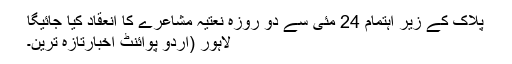
پلاک کے زیر اہتمام 24 مئی سے دو روزہ نعتیہ مشاعرے کا انعقاد کیا جائیگا
لاہور (اُردو پوائنٹ اخبارتازہ ترین۔